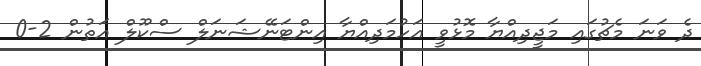
ދެ ވަނަ މެޗުގައި މަޖީދިއްޔާ މޮޅުވީ އަހުމަދިއްޔާ އިންޓަނޭޝަނަލް ސްކޫލް އަތުން 2-0